Civil Veterinary Dept. North-West Frontier Province 1933-46 - 1933-1946
Year: 1933
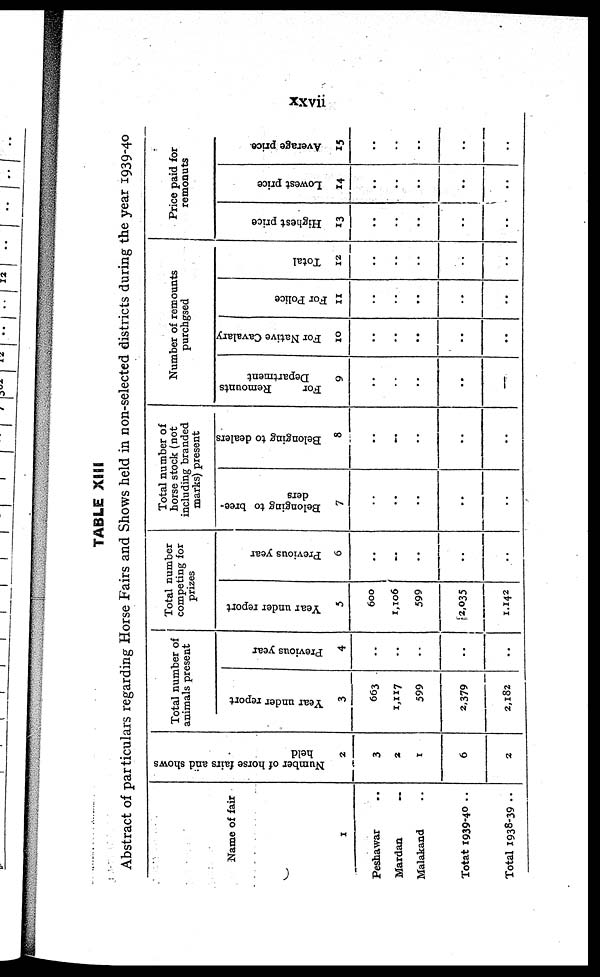
xxvii
TABLE XIII
Abstract of particulars regarding Horse Fairs and Shows held in non-selected districts during the year 1939-40
Name of fair
1
Peshawar ..
Mardan
..
Malakand ..
Totat 1939-40..
Total 1938-39 ..
Number of horse fairs and shows
held
2
3
2
1
6
2
Total number of
animals present
Year under report
3
663
1,117
599
2,379
2,182
Previous year
4
..
..
..
..
..
Total number
competing for
prizes
Year under report
5
600
1,106
599
2,035
1,142
Previous year
6
..
..
..
..
..
Total number of
horse stock (not
including branded
marks) present
Belonging to bree-
ders
7
..
..
..
..
..
Belonging to dealers
8
..
..
..
..
..
Number of remounts
purchgsed
For
Remounts
Department
9
..
..
..
..
..
For Native Cavalary
10
..
..
..
..
..
For Police
11
..
..
..
..
..
Total
12
..
..
..
..
..
Price paid for
remonuts
Highest price
13
..
..
..
..
..
Lowest price
14
..
..
..
..
..
Average price
15
..
..
..
..